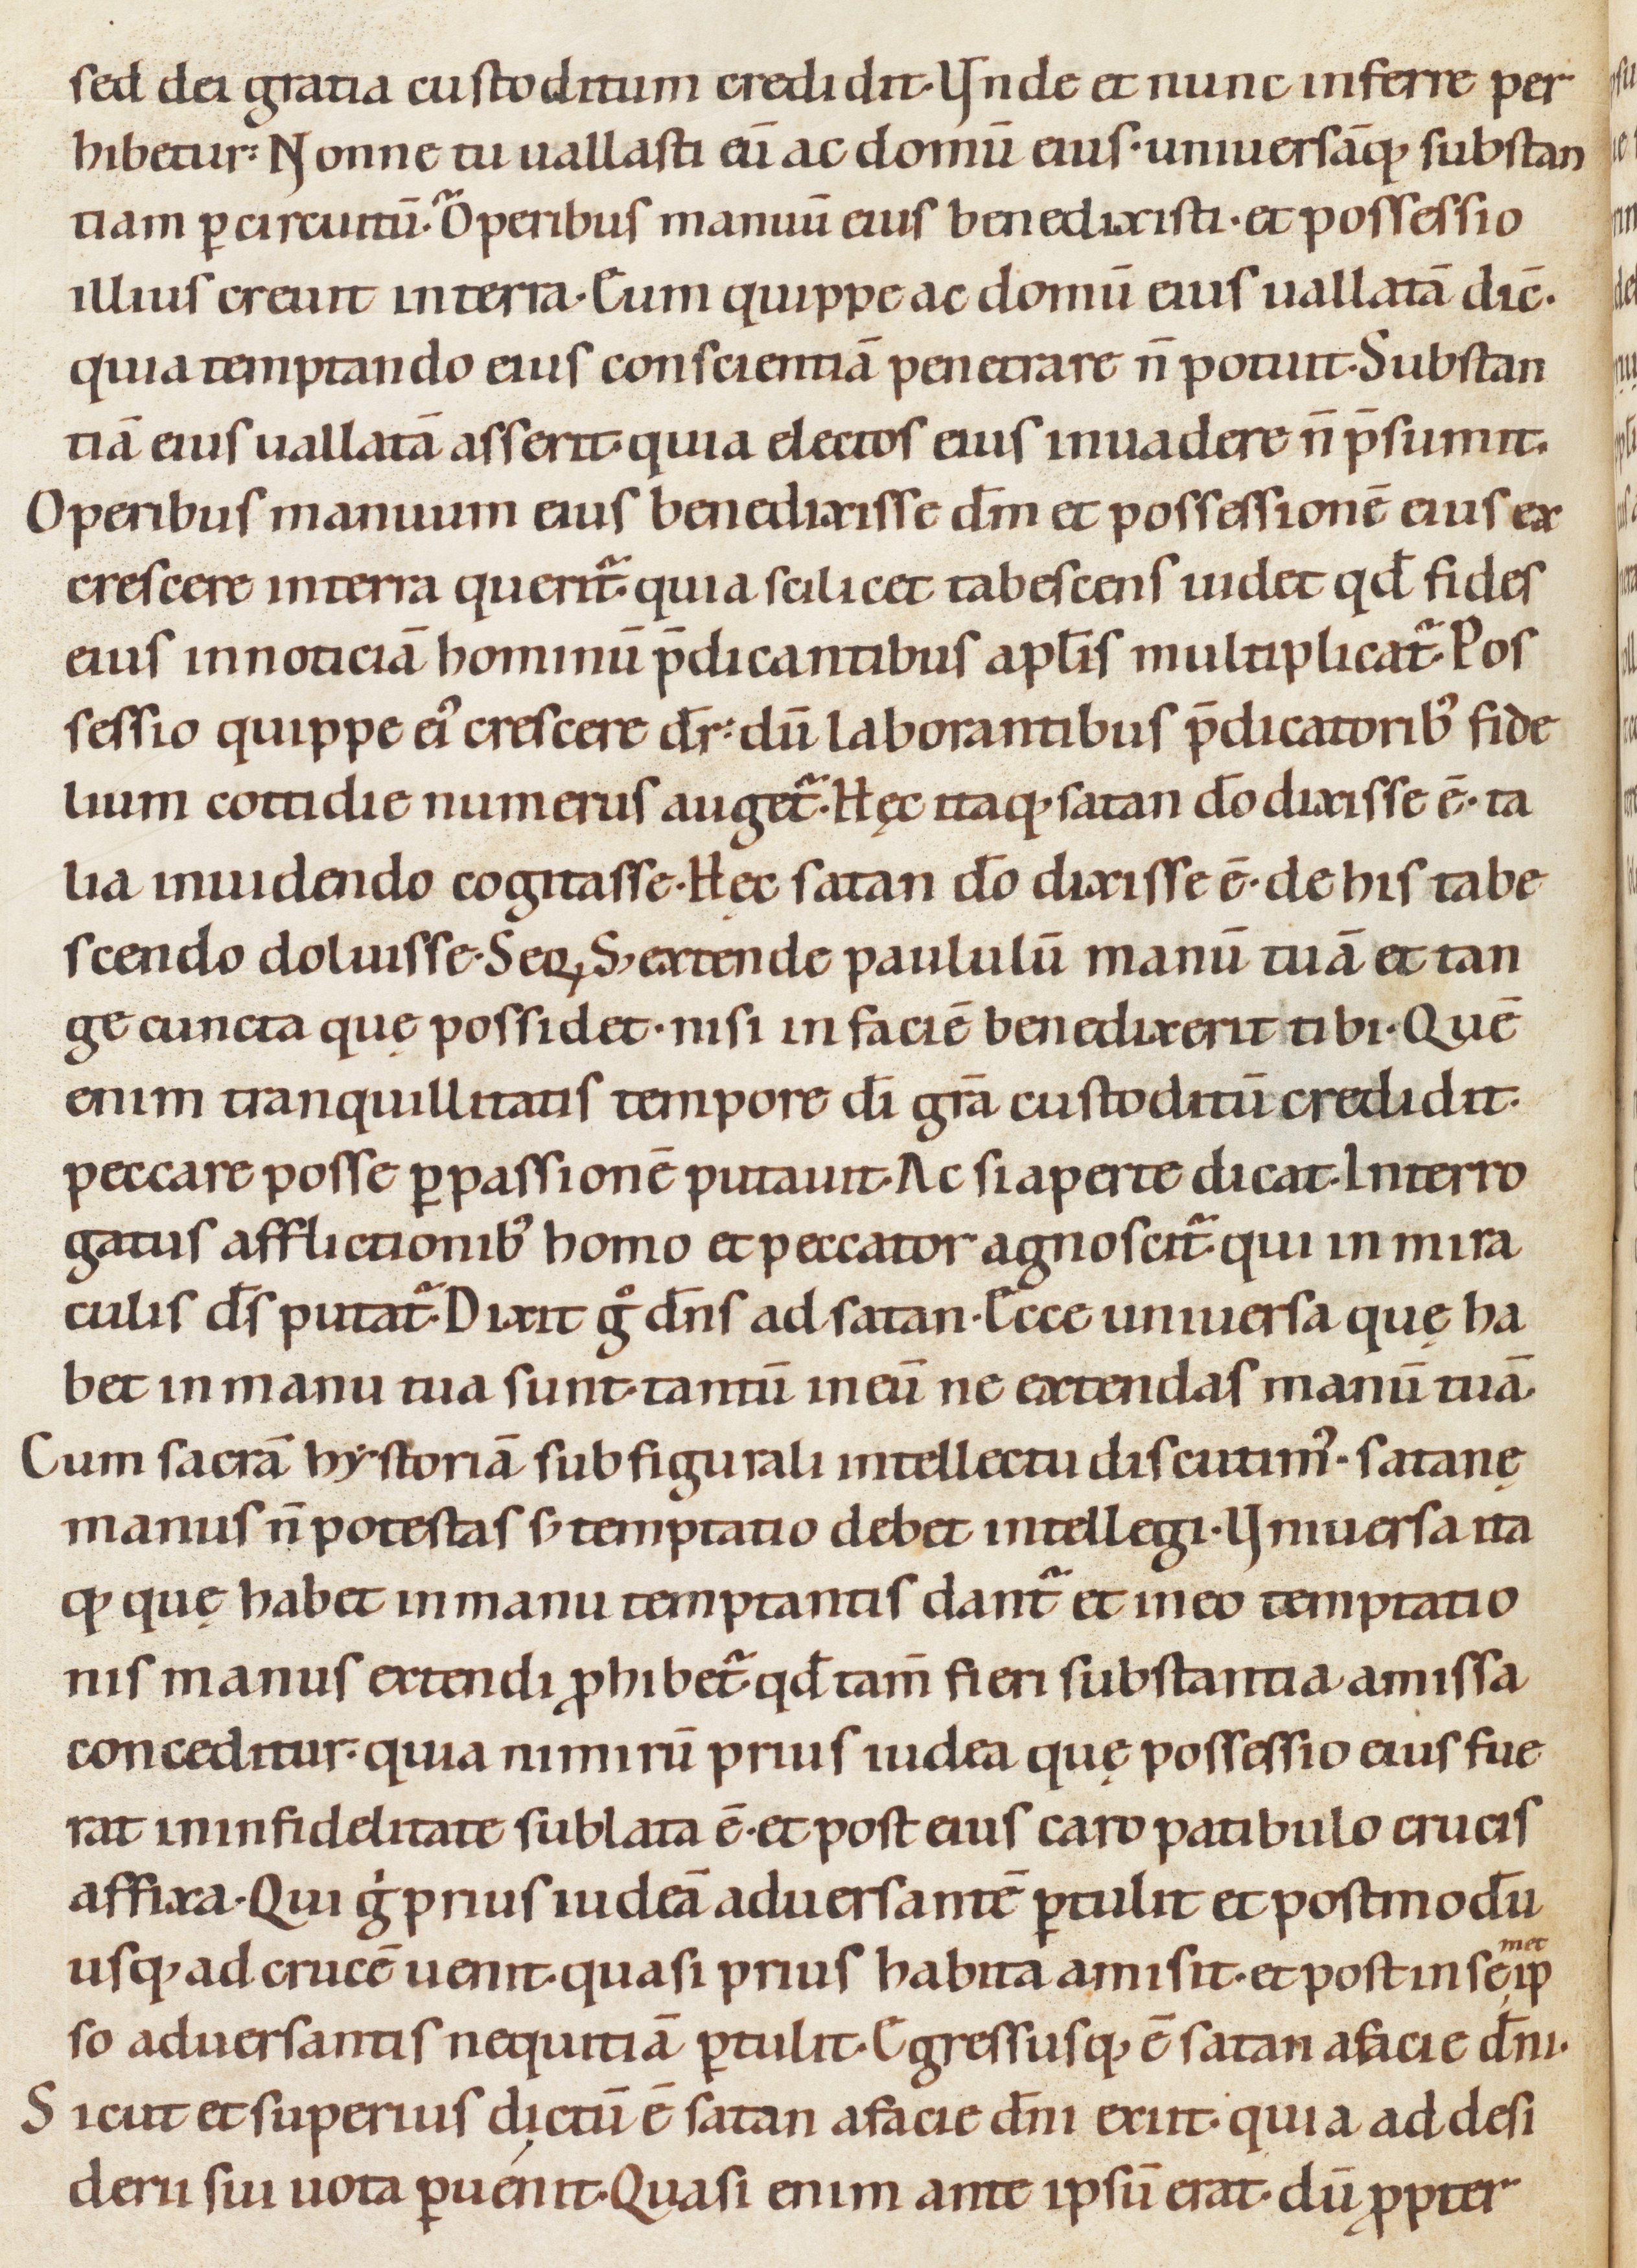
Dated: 1080–1096